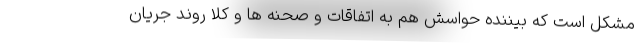
مشکل است که بیننده حواسش هم به اتفاقات و صحنه ها و کلا روند جریان